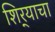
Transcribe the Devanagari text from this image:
शिर्‍याचा